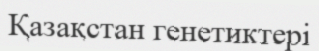
Қазақстан генетиктері